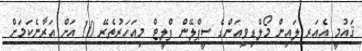
ޤައުމީ އެއަރ ލައިން މޯލްޑިވިއަންގެ ސީޕްލޭން ފްލީޓް މިއަހަރުތެރޭ 10 އަށް އަރާނެކަމަށް